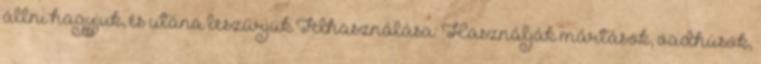
állni hagyjuk, és utána leszűrjük Felhasználása: Használják mártások, vadhúsok,